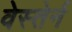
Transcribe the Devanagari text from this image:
वेस्तेर्न